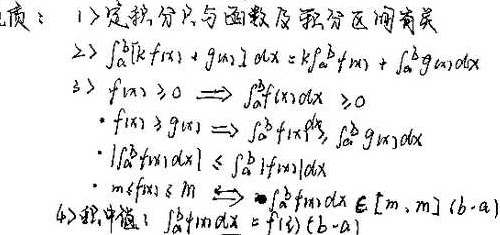
性质：
1. 定积分只与函数及积分区间有关
2. \(\int_{a}^{b}[kf(x)+g(x)]dx = k\int_{a}^{b}f(x)dx+\int_{a}^{b}g(x)dx\)
3. \(f(x)\geq0\Rightarrow\int_{a}^{b}f(x)dx\geq0\)
    - \(f(x)\geq g(x)\Rightarrow\int_{a}^{b}f(x)dx\geq\int_{a}^{b}g(x)dx\)
    - \(\left|\int_{a}^{b}f(x)dx\right|\leq\int_{a}^{b}|f(x)|dx\)
    - \(m\leq f(x)\leq M\Rightarrow m(b - a)\leq\int_{a}^{b}f(x)dx\leq M(b - a)\)
4. 积分中值：\(\int_{a}^{b}f(x)dx = f(\xi)(b - a)\)